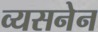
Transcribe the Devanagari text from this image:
व्यसनेन